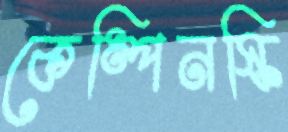
কেম্পিনস্কি